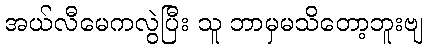
အယ်လီမေကလွဲပြီး သူ ဘာမှမသိတော့ဘူးဗျ